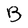
Character: B